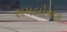
સમલોચક